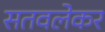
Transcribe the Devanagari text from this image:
सतवलेकर